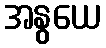
အနွယေ